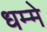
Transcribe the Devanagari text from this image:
धम्मे